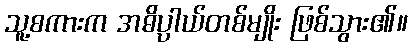
သူ့စကားက အဓိပ္ပါယ်တစ်မျိုး ဖြစ်သွား၏။